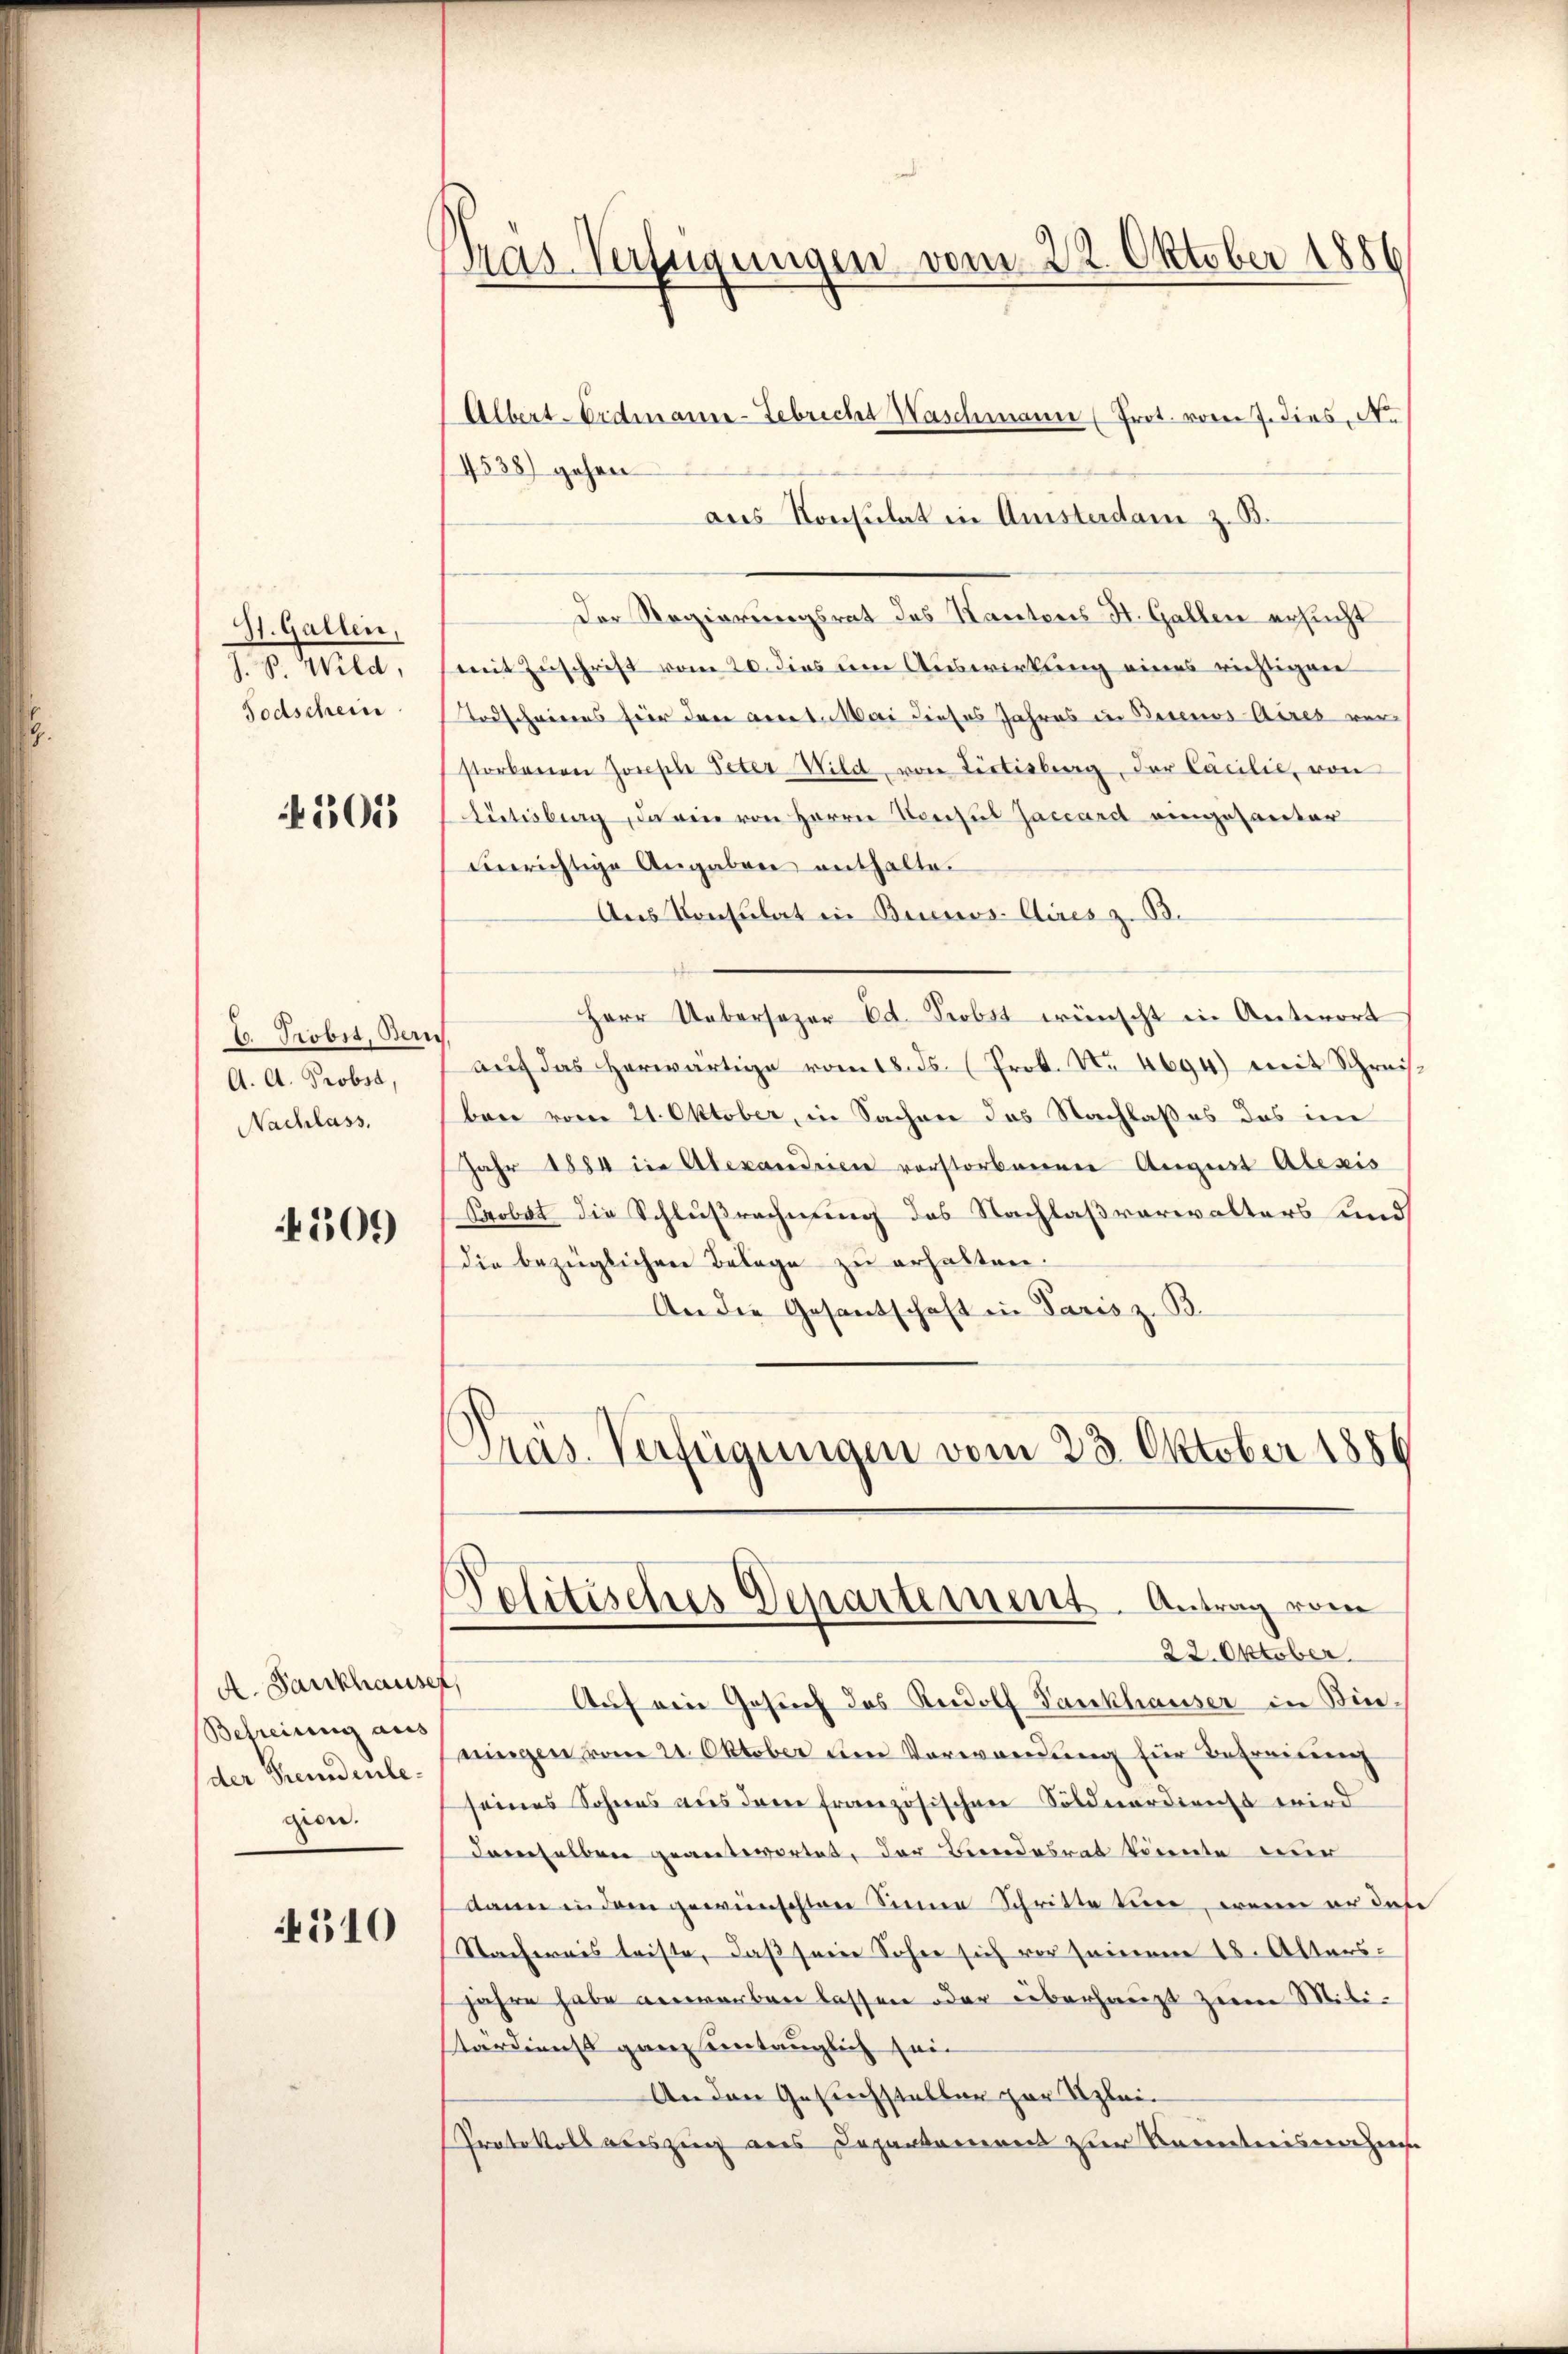
St. Gallen,
J. B. Wild,
Todschein

305

C. Probst, Bern
A. A. Probst,
Nachlass.

509

A. Fankhauser,
Befreiung aus
der Fremdenlegion.

510

Tras-Verfügungen vom 22. Oktober 1886

4538) gehen
aus Konsulat in Amsterdam z. B.
Der Regierungsrat des Kantons St. Gallen ersucht
mit Zuschrift vom 20. dies um Auswirkung eines richtigen
Todschwerens für den accet. Mai dieses Jahres in Basenos Aires ver-
storbenen Joseph Peter Wild, von Lectisberg, der Camilie, von
Rütisburg, darin von Herrn Konsul Jaccardt eingesanter
verichtige Angaben enthalte.
Aus Konsulat in Buenos Aires z. B.
Herr Uebersezer Ed. Probst wünscht in Antwort
auf das herwärtige vom 18. ds. (Prok. N. 4694) mit Schreisben vom 21. Oktober, in Sachen das Nachlaß es das im
Jahr 1884 in Alexandrien verstorbenenen August Alexis
Crobat die Schlußrechnung des Nachlaßverwalters und
die bezüglichen Belege zu erhalten.
An die Gesantschaft in Paris z. B.
Präs. Verfügungen vom 23. Oktober 1856
Politisches Departement. Antrag vom
22. Oktober.
Aŭf ein Gesuch des Rudolf Zankhauser in Bin
ningen vom 21. Oktober um Verwendung für Befreiung
seines Sohnes aus dem französischen Söldnerdienst wird
daverselben geantwortet, der Beendesrat könnte mir
dann in dem gewünschten Seene Schritte tun, wenn er das
Sacherais leiste, daß seine Sohne sich vor seinem 18. Alters-
jahre habe anworben lassen oder überhaupt zum Militardienst ganz eintauglich sei
Anden Gesuchstellen zur Klei¬
Protokoll auszug aus Departanenen zur Societariserehers

Albert-Erdmann-Lebricht Waschmann (Prot. vom 7. dies, No.